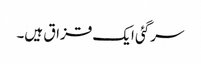
سرگئی ایک قزاق ہیں۔